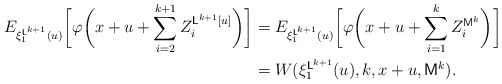
\begin{align*}\begin{aligned}E_{\xi_1^{\mathsf{L}^{k+1}}(u)}\biggl[\varphi\biggl(x+u+\sum_{i=2}^{k+1} Z_i^{\mathsf{L}^{k+1}[u]}\biggr)\biggr]&=E_{\xi_1^{\mathsf{L}^{k+1}}(u)}\biggl[\varphi\biggl(x+u+\sum_{i=1}^{k} Z_i^{\mathsf{M}^{k}}\biggr)\biggr]\\&=W(\xi_1^{\mathsf{L}^{k+1}}(u),k,x+u,\mathsf{M}^{k}).\end{aligned}\end{align*}